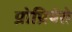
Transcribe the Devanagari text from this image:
प्रोप्रियेते